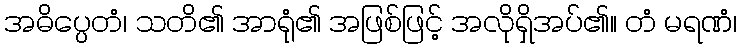
အဓိပ္ပေတံ၊ သတိ၏ အာရုံ၏ အဖြစ်ဖြင့် အလိုရှိအပ်၏။ တံ မရဏံ၊